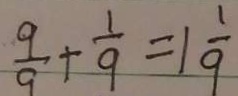
\frac { 9 } { 9 } + \frac { 1 } { 9 } = 1 \frac { 1 } { 9 }